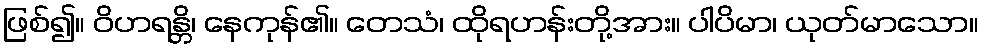
ဖြစ်၍။ ဝိဟရန္တိ၊ နေကုန်၏။ တေသံ၊ ထိုရဟန်းတို့အား။ ပါပိမာ၊ ယုတ်မာသော။